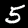
Digit: 5